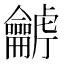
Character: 𪛍